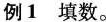
例1 填数。